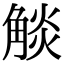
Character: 𧣹